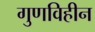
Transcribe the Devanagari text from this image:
गुणविहीन